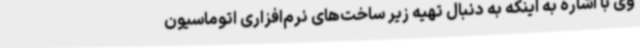
وی با اشاره به اینکه به دنبال تهیه زیر ساخت‌های نرم‌افزاری اتوماسیون